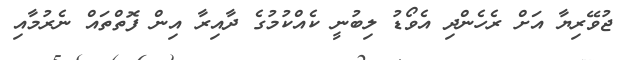
ޖުވޭރިޔާ އަށް ރެހެންދި އެވޯޑު ލިބުނީ ކެއްކުމުގެ ދާއިރާ އިން ފޮތްތައް ނެރުމާއި